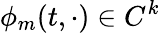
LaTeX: \phi_{m}(t,\cdot)\in C^{k}